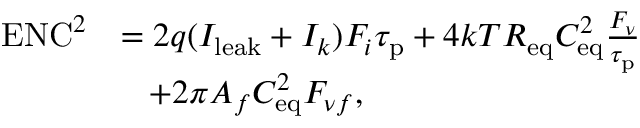
\begin{array} { r l } { \mathrm { E N C } ^ { 2 } } & { = 2 q ( I _ { \mathrm { l e a k } } + I _ { k } ) F _ { i } \tau _ { \mathrm { p } } + 4 k T R _ { \mathrm { e q } } C _ { \mathrm { e q } } ^ { 2 } \frac { F _ { \nu } } { \tau _ { \mathrm { p } } } } \\ & { \; \; \; + 2 \pi A _ { f } C _ { \mathrm { e q } } ^ { 2 } F _ { \nu f } , } \end{array}